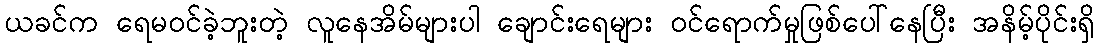
ယခင်က ရေမဝင်ခဲ့ဘူးတဲ့ လူနေအိမ်များပါ ချောင်းရေများ ဝင်ရောက်မှုဖြစ်ပေါ်နေပြီး အနိမ့်ပိုင်းရှိ